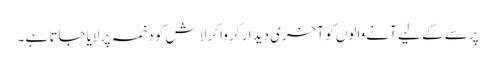
پرسے کے لیے آنے والوں کو آخری دیدار کروا کر لاش کو دخمہ پر لایا جاتا ہے۔